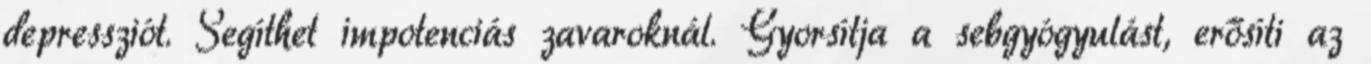
depressziót. Segíthet impotenciás zavaroknál. Gyorsítja a sebgyógyulást, erősíti az